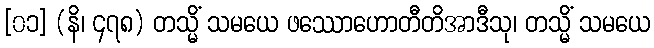
[၀၁] (နိ၊ ၄၇၈) တသ္မိံ သမယေ ဖဿောဟောတီတိအာဒီသု၊ တသ္မိံ သမယေ